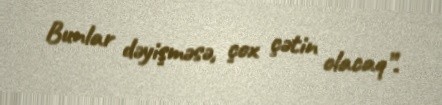
Bunlar dəyişməsə, çox çətin olacaq”.